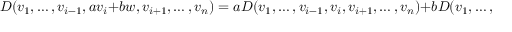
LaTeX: D ( v _ { 1 } , \dots , v _ { i - 1 } , a v _ { i } + b w , v _ { i + 1 } , \dots , v _ { n } ) = a D ( v _ { 1 } , \dots , v _ { i - 1 } , v _ { i } , v _ { i + 1 } , \dots , v _ { n } ) + b D ( v _ { 1 } , \dots , v _ { i - 1 } , w , v _ { i + 1 } , \dots , v _ { n } )